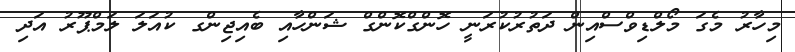
މިހާރު މެގަ މޯލްޑިވްސްއިން ދަތުރުކުރަނީ ހޮންގްކޮންގް ޝަންހާއި ބެއިޖިންގ ކުއަލަ ލަމްޕޫރު އަދި